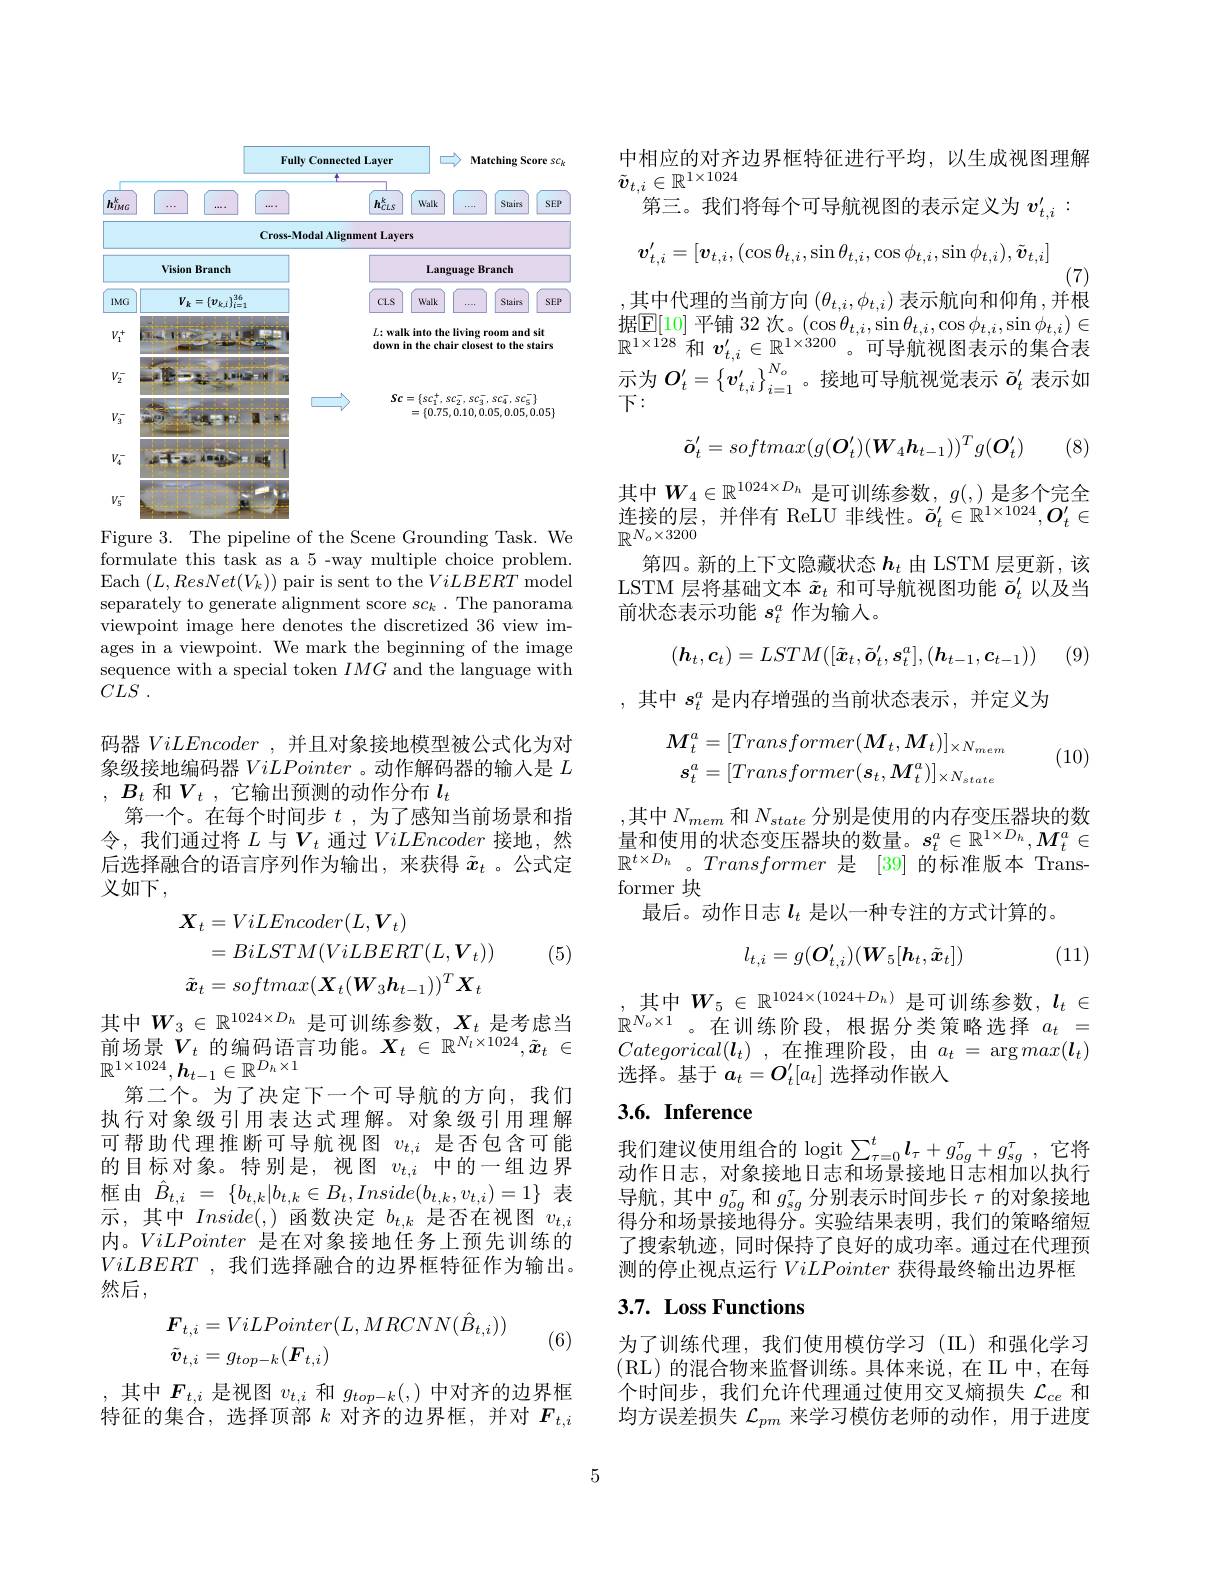
<FigureHere>

Figure 3. The pipeline of the Scene Grounding Task. We

formulate this task as a 5 -way multiple choice problem. Each $(L,ResNet(V_k))$ pair is sent to the ViLBERT model separately to generate alignment score $sc_k$ .The panorama viewpoint image here denotes the discretized 36 view images in a viewpoint. We mark the beginning of the image sequence with a special token $IMG$ and the language with $CLS$ .

码器$ViLEncoder$,并且对象接地模型被公式化为对象级接地编码器ViLPointer 。动作解码器的输入是$L$ , $B_t$ 和$V_t$ ,它输出预测的动作分布$l_t$
第一个。在每个时间步$t$ ,为了感知当前场景和指令，我们通过将$L$与$V_t$通过ViLEncoder接地，然后选择融合的语言序列作为输出，来获得$\tilde{x}_t$ 。公式定义如下，

(5)
$$\begin{aligned}\boldsymbol{X}_{t}&=ViLEncoder(L,\boldsymbol{V}_{t})\\&=BiLSTM(ViLBERT(L,\boldsymbol{V}_{t}))\\\tilde{\boldsymbol{x}}_{t}&=softmax(\boldsymbol{X}_{t}(\boldsymbol{W}_{3}\boldsymbol{h}_{t-1}))^{T}\boldsymbol{X}_{t}\end{aligned}$$
其中$W_3\in\mathbb{R}^{1024\times D_h}$是可训练参数$,X_t$ 是考虑当前场景$V_t$的编码语言功能。$X_t\in\mathbb{R}^N_l\times1024,\tilde{x}_t\in$ $\mathbb{R}^{1\times1024},\boldsymbol{h}_{t-1}\in\mathbb{R}^{D_h\times1}$
第二个。为了决定下一个可导航的方向，我们执行对象级引用表达式理解。对象级引用理解可帮助代理推断可导航视图$v_{t,i}$是否包含可能的目标对象。特别是，视图$v_{t,i}$中的一组边界框由$\hat{B}_{t,i}=\{b_{t,k}|b_{t,k}\in B_{t},Inside(b_{t,k},v_{t,i})=1\}$表示，其中$Inside(,)$函数决定$b_t,k$是否在视图$v_t,i$ 内。ViLPointer是在对象接地任务上预先训练的ViLBERT ,我们选择融合的边界框特征作为输出。然后，
$$\begin{aligned}&\boldsymbol{F}_{t,i}=ViLPointer(L,MRCNN(\hat{B}_{t,i}))\\&\tilde{\boldsymbol{v}}_{t,i}=g_{top-k}(\boldsymbol{F}_{t,i})\end{aligned}$$
(6)

,其中$F_t,i$是视图$v_{t,i}$和$g_{top-k}(,)$中对齐的边界框特征的集合，选择顶部$k$对齐的边界框，并对$F_t,i$

中相应的对齐边界框特征进行平均，以生成视图理解
$\tilde{\boldsymbol{v}}_{t,i}\in\mathbb{R}^{1\times1024}$
$^{\prime}$第三。我们将每个可导航视图的表示定义为 $v_{t,i}^{\prime}:$
$$\boldsymbol{v}_{t,i}^{\prime}=[\boldsymbol{v}_{t,i},(\cos\theta_{t,i},\sin\theta_{t,i},\cos\phi_{t,i},\sin\phi_{t,i}),\tilde{\boldsymbol{v}}_{t,i}]$$
(7)
其中代理的当前方向$(\theta_{t,i},\phi_{t,i})$表示航向和仰角 ,并根

据 $\mathbb{E} [ 10]$ 平 铺 32 次 。$( \cos \theta _{t, i}, \sin \theta _{t, i}, \cos \phi _{t, i}, \sin \phi _{t, i}) \in$ $\mathbb{R} ^{1\times 128}$ 和 $\boldsymbol{v}_{t, i}^{\prime }\in \mathbb{R} ^{1\times 3200}$。可 导 航 视 图 表 示 的 集 合 表 示 为 $O_{t}^{\prime }= \left \{ \boldsymbol{v}_{t, i}^{\prime }\right \} _{i= 1}^{N_{o}}$。接 地 可 导 航 视 觉 表 示 $\tilde{o} _{t}^{\prime }$ 表 示 如 下 :
$下：$

(8)
$$\tilde{\boldsymbol{o}}_t'=softmax(g(\boldsymbol{O}_t')(\boldsymbol{W}_4\boldsymbol{h}_{t-1}))^Tg(\boldsymbol{O}_t')$$
其中$\boldsymbol W_4\in\mathbb{R}^{1024\times D_h}$是可训练参数$,g(,)$是多个完全为这的日本外女 D II 北公地上$- ^\prime - m^11\times 1024- C^\prime$ $\begin{array}{l}\text{连接的层，并伴有 ReLU 非线性。}\tilde{\boldsymbol{o}}_t^{\prime}\in\mathbb{R}^{1\times1024},\boldsymbol{O}_t^{\prime}\in\\\mathbb{R}^{N_o\times3200}\end{array}$
第四。新的上下文隐藏状态$h_t$由 LSTM 层更新，该LSTM 层将基础文本$\tilde{x}_t$和可导航视图功能$\tilde{o}_t^{\prime}$以及当前状态表示功能$s_t^a$作为输入。
$$(\boldsymbol{h}_t,\boldsymbol{c}_t)=LSTM([\tilde{\boldsymbol{x}}_t,\tilde{\boldsymbol{o}}_t',\boldsymbol{s}_t^a],(\boldsymbol{h}_{t-1},\boldsymbol{c}_{t-1}))$$
(9)

,其中$s_t^a$是内存增强的当前状态表示，并定义为
$$M_{t}^{a}=[Transformer(M_{t},M_{t})]_{\times N_{mem}}\\s_{t}^{a}=[Transformer(s_{t},M_{t}^{a})]_{\times N_{state}}$$
(10)

,其中$N_{mem}$和$N_{state}$分别是使用的内存变压器块的数量和使用的状态变压器块的数量。$s_t^a\in\mathbb{R}^{1\times D_h},M_t^a\in$ $\mathbb{R}^{t\times D_h}$。Transformer 是 [39] 的标准版本$^\prime$Transformer 块
最后。动作日志$l_t$是以一种专注的方式计算的。

(11)
$$l_{t,i}=g(\boldsymbol{O}_{t,i}')(\boldsymbol{W}_5[\boldsymbol{h}_t,\tilde{\boldsymbol{x}}_t])$$
,其中$W_5\in\mathbb{R}^1024\times(1024+D_h)$是可训练参数$,l_t\in$ $\mathbb{R}^{N_o\times1}$。在训练阶段，根据分类策略选择$a_t=$ $Categorical(\boldsymbol{l}_t)$,在推理阶段，由$a_t=\arg max(\boldsymbol{l}_t)$ 选择。基于$a_t=O_t^{\prime}[a_t]$选择动作嵌入

# 3.6. Inference

我们建议使用组合的 logit $\sum_{\tau=0}^t\boldsymbol{l}_\tau+g_{og}^\tau+g_{sg}^\tau$,它将动作日志，对象接地日志和场景接地日志相加以执行导航，其中$g_og^\tau$和$g_sg^\tau$分别表示时间步长$\tau$的对象接地得分和场景接地得分。实验结果表明，我们的策略缩短了搜索轨迹，同时保持了良好的成功率。通过在代理预测的停止视点运行ViLPointer获得最终输出边界框

## 3.7. Loss Functions

为了训练代理，我们使用模仿学习(IL)和强化学习(RL)的混合物来监督训练。具体来说，在 II 中，在每个时间步，我们允许代理通过使用交叉熵损失$\mathcal{L}_{ce}$和均方误差损失$\mathcal{L}_{pm}$来学习模仿老师的动作，用于进度

5